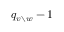
q _ { v \setminus w } - 1